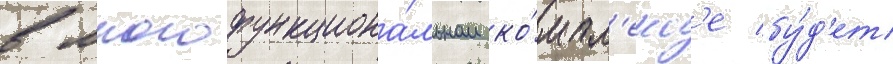
в многофункциона́льном ко́мпл'екс'е бу́д'ет